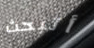
أتبحث